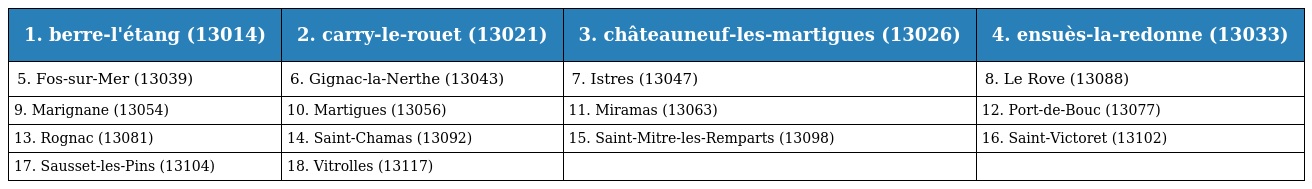
| 1. berre-l'étang (13014) | 2. carry-le-rouet (13021) | 3. châteauneuf-les-martigues (13026) | 4. ensuès-la-redonne (13033) |
 | --- | --- | --- | --- |
 | 5. Fos-sur-Mer (13039) | 6. Gignac-la-Nerthe (13043) | 7. Istres (13047) | 8. Le Rove (13088) |
 | 9. Marignane (13054) | 10. Martigues (13056) | 11. Miramas (13063) | 12. Port-de-Bouc (13077) |
 | 13. Rognac (13081) | 14. Saint-Chamas (13092) | 15. Saint-Mitre-les-Remparts (13098) | 16. Saint-Victoret (13102) |
 | 17. Sausset-les-Pins (13104) | 18. Vitrolles (13117) |  |  |